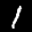
Label: 1